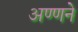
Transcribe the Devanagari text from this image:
अण्णने